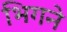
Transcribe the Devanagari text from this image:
भिगने